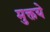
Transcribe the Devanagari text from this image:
मुक्तये